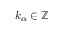
k _ { \alpha } \in \mathbb { Z }